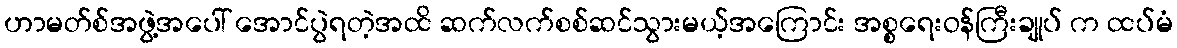
ဟာမတ်စ်အဖွဲ့အပေါ် အောင်ပွဲရတဲ့အထိ ဆက်လက်စစ်ဆင်သွားမယ့်အကြောင်း အစ္စရေးဝန်ကြီးချုပ် က ထပ်မံ